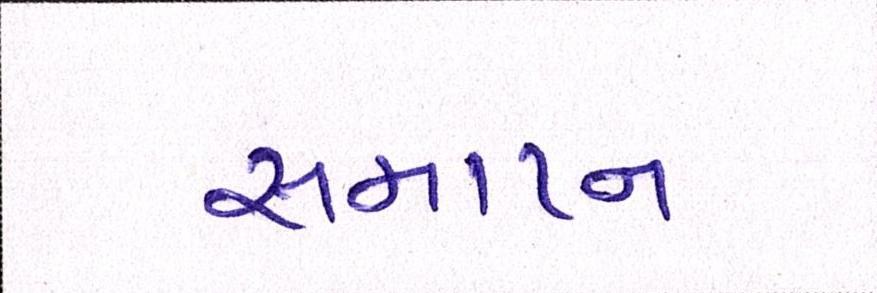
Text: સમાપ્ન